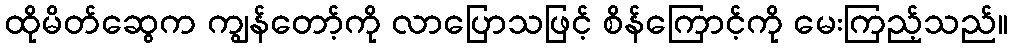
ထိုမိတ်ဆွေက ကျွန်တော့်ကို လာပြောသဖြင့် စိန်ကြောင့်ကို မေးကြည့်သည်။